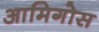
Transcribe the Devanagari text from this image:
आमिगोस